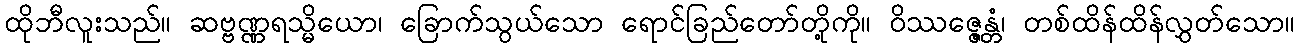
ထိုဘီလူးသည်။ ဆဗ္ဗဏ္ဏရသ္မိယော၊ ခြောက်သွယ်သော ရောင်ခြည်တော်တို့ကို။ ဝိဿဇ္ဇေန္တံ၊ တစ်ထိန်ထိန်လွှတ်သော။